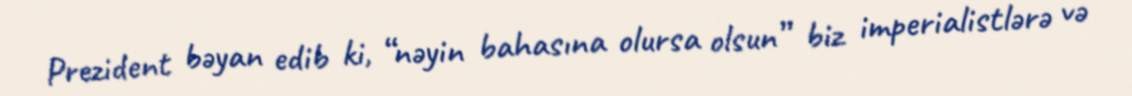
Prezident bəyan edib ki, “nəyin bahasına olursa olsun” biz imperialistlərə və